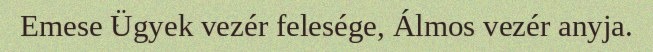
Emese Ügyek vezér felesége, Álmos vezér anyja.